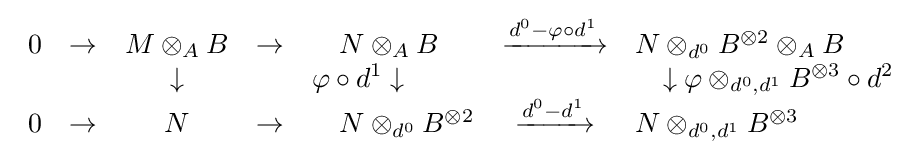
{\begin{array}{lccclcl}0&\to &M\otimes _{A}B&\to &\quad N\otimes _{A}B&{\xrightarrow {d^{0}-\varphi \circ d^{1}}}&N\otimes _{d^{0}}B^{\otimes 2}\otimes _{A}B\\&&\downarrow &&\varphi \circ d^{1}\downarrow &&\quad \downarrow \varphi \otimes _{d^{0},d^{1}}B^{\otimes 3}\circ d^{2}\\0&\to &N&\to &\quad N\otimes _{d^{0}}B^{\otimes 2}&{\xrightarrow {d^{0}-d^{1}}}&N\otimes _{d^{0},d^{1}}B^{\otimes 3}\\\end{array}}